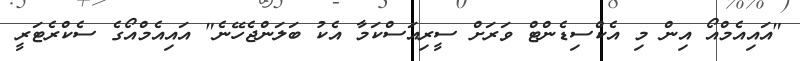
"އައިއެމްއޯ އިން މި އެކްސިޑެންޓް ވަރަށް ސީރިއަސްކަމާ އެކު ބަލަންޖެހޭނެ" އައިއެމްއޯގެ ސެކްރެޓަރީ